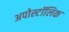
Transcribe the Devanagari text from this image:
अपोस्टॉलिक